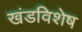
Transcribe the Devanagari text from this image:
खंडविशेष